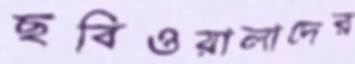
ছবিওয়ালাদের